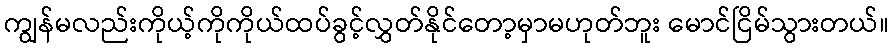
ကျွန်မလည်းကိုယ့်ကိုကိုယ်ထပ်ခွင့်လွှတ်နိုင်တော့မှာမဟုတ်ဘူး မောင်ငြိမ်သွားတယ်။